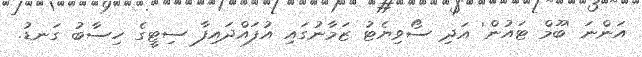
އަންނަ 'ބޫމް ޓައުން' އަދި ސޯވިޔެޓު ޒަމާނުގައި އުފައްދައިފާ ސިޓީގެ ހިސާބު ގަނޑު.